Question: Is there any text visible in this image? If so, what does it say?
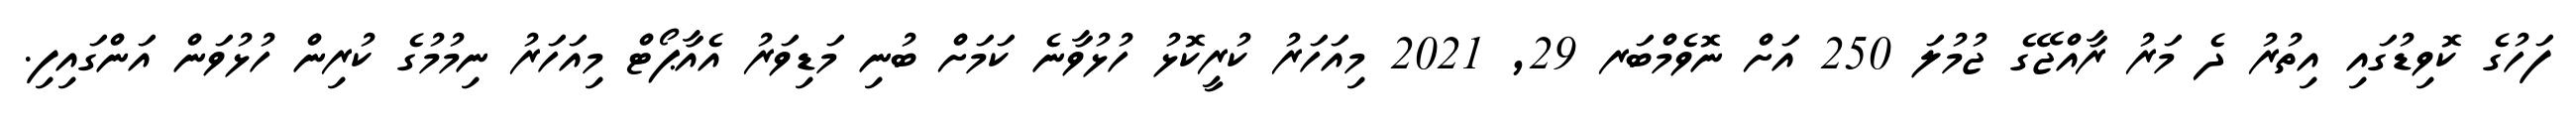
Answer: ފަހުގެ ކޮވިޑުގައި އިތުރު ދެ މަރު ރާއްޖޭގެ ޖުމުލަ 250 އަށް ނޮވެމްބަރ 29, 2021 މިއަހަރު ކުރީކޮޅު ހުޅުވާނެ ކަމަށް ބުނި މަޑިވަރު އެއާޕޯޓް މިއަހަރު ނިމުމުގެ ކުރިން ހުޅުވަން އަންގައިފި.